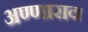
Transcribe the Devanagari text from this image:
अण्णाराव